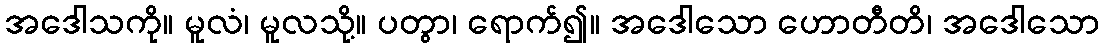
အဒေါသကို။ မူလံ၊ မူလသို့။ ပတွာ၊ ရောက်၍။ အဒေါသော ဟောတီတိ၊ အဒေါသော